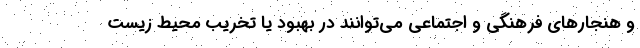
و هنجارهای فرهنگی و اجتماعی می‌توانند در بهبود یا تخریب محیط زیست